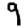
Digit: 9